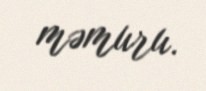
məmuru.